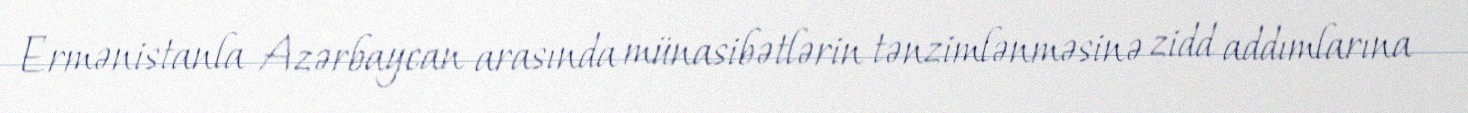
Ermənistanla Azərbaycan arasında münasibətlərin tənzimlənməsinə zidd addımlarına